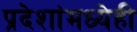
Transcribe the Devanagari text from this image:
प्रदेशांमध्येही